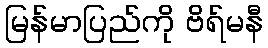
မြန်မာပြည်ကို ဗိရ်မနီ